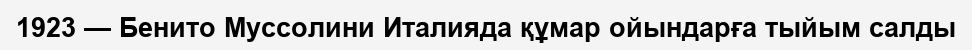
1923 — Бенито Муссолини Италияда құмар ойындарға тыйым салды